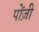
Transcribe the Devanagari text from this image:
पोंज़ी